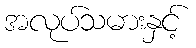
အလုပ်သမားနှင့်